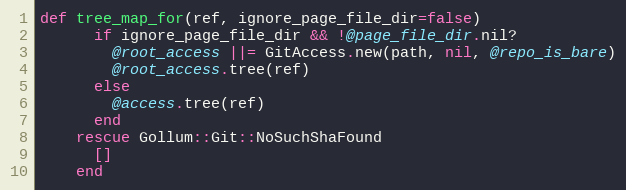
Language: Ruby
def tree_map_for(ref, ignore_page_file_dir=false)
      if ignore_page_file_dir && !@page_file_dir.nil?
        @root_access ||= GitAccess.new(path, nil, @repo_is_bare)
        @root_access.tree(ref)
      else
        @access.tree(ref)
      end
    rescue Gollum::Git::NoSuchShaFound
      []
    end